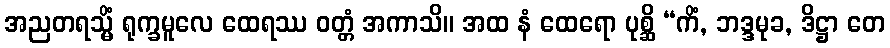
အညတရသ္မိံ ရုက္ခမူလေ ထေရဿ ဝတ္တံ အကာသိ။ အထ နံ ထေရော ပုစ္ဆိ “ကိံ, ဘဒ္ဒမုခ, ဒိဋ္ဌာ တေ